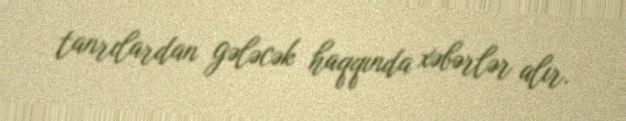
tanrılardan gələcək haqqında xəbərlər alır.